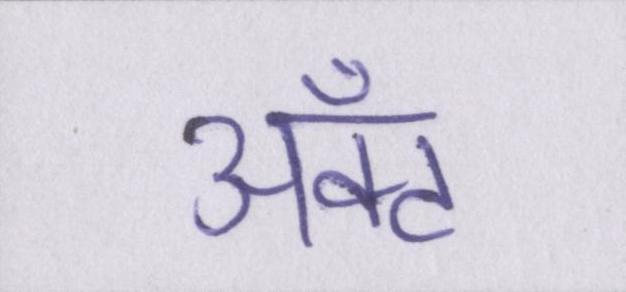
ॲक्ट